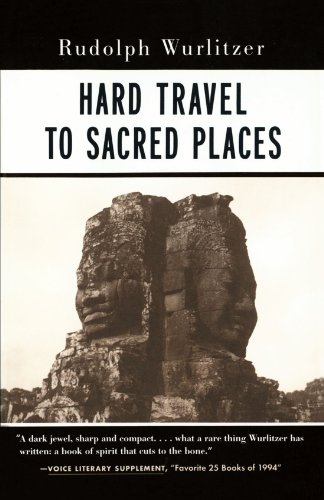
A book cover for Hard Travel to Sacred Places; Rudolph Wurlitzer; Travel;